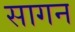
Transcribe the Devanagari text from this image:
सागन